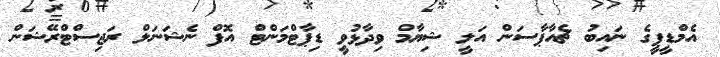
އެމްޑީޕީގެ ނައިބު ޗެއާޕާސަން އަލީ ޝިޔާމް ވިދާޅުވީ ޑިޕާޓްމަންޓް އޮފް ނެޝަނަލް ރަޖިސްޓްރޭޝަން